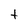
Character: t